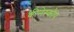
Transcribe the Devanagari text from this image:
कीनेस्कौप